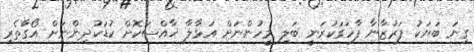
ގިނަ ބަޔަކު ފަރުޒާނާ ފާހަގަކުރަނީ ބަލި މީހުންނަށް އަޅާލާ ޚާއްސަކޮށް ކުޑަކުދިންނަށް އޯގާތެރި